Leaving Certificate Examination (including Day School Certificate (Higher) General paper), 1934
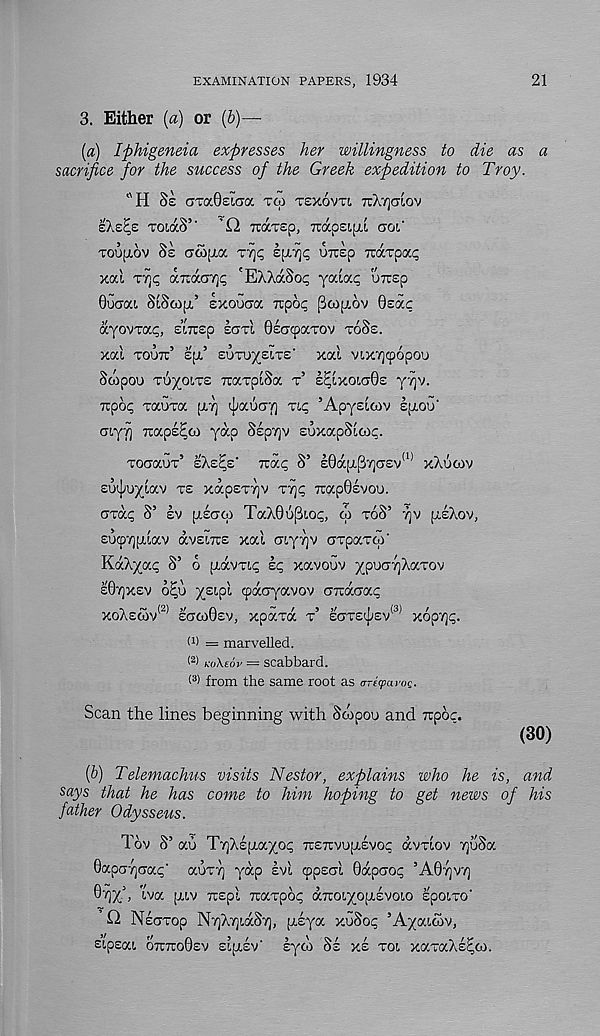
EXAMINATION PAPERS, 1934
21
3. Either [a) or (6)—
(#) Iphigeneia expresses her willingness to die as a
sacrifice for the success of the Greek expedition to Troy.
l 'H 8e oTa0sica TCO TEXOVTI TTXTJCTIOV
roiaS’' ’ Q ndrsp, Ttapsipti uoi'
Touptov 8s crc5[j.a ry]q Earjp OTrep TidcTpac
xal T7)p a~a(r/jp 'EXXaSop yaiv.p uirsp
Oucjat, StSwpi’ exoucra Tipop pcoptov 0sac
ayovrap, eirrep sari ©EGcpocxov TOSE.
xal TO’JTc’ Ept, 5 EOTOyElTE' X0U VIXTjCpOpOU
Soipou ToyoiTE TtarplSoc r sSlxoiaOs y/iv.
Trpop raura fXT]
Tip ’ApyEicov Epioo'
GLyrj Tcaps^co yap Sepyv EuxapSloip.
TOGOCOT 5 EXE^E' Trap S’ E0a[I.p7]G£V (I) XXUGIV
£uij;uylav TE xap£T7]v Tyjp 7rap0Evoo.
Gxap S’ EV [TEGco TaX0uf3iop, cl) TOS’ rpj (TEXOV,
sucpvjpiiav avsiTTE xal Giyajv Grpaxo)'
KaXyap S’ o piavTip Ip xavouv ypOG'/jXa.Tov
£0Y)XEV o^o ysipl cpaGyavov GiraGap
XOX£COV
(2) EGCO0EV, XpaTOC T’ EGT£(])EV (3) X0p7]p.
f 1 ) = marvelled.
(2 > k-o\e6y = scabbard.
( 3 > from the same root as tr-ctpcwog.
Scan the lines beginning with Scopou and Trpoc.
(30)
(b) Telemachus visits Nestor, explains who he is, and
says that he has come to him hoping to get news of his
father Odysseus.
Tov S’ au T^Xlpiayop Tr£7rvu[T£vop dvrlov 7]{)Sa
OapGTjGap" auTT] yap Ivl cppEGl 0dpGop ’A0T]V'Z)
e^i x 5 . tva [TIV TCEpl Traxpop iXTroixopiEVoio spoixo -
H NsGxop NyXyidS'/j, pclya xuSop ’Ayaicov,
eipsat OTCTCO0EV sipisv' lyco Ss xl xoi xaxaXl^co.